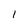
Character: l